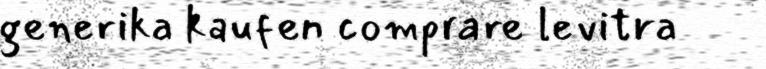
generika kaufen comprare levitra